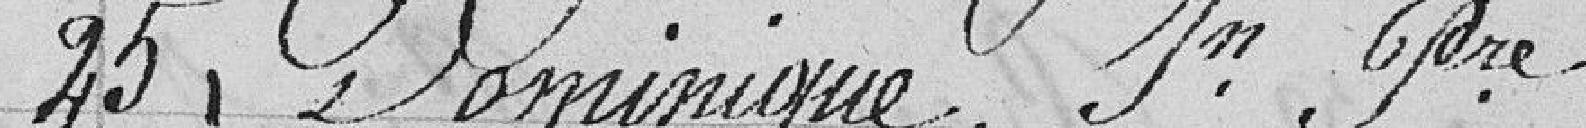
25 Dominique, Jean Pierre